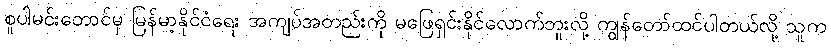
စူပါမင်းတောင်မှ မြန်မာ့နိုင်ငံရေး အကျပ်အတည်းကို မဖြေရှင်းနိုင်လောက်ဘူးလို့ ကျွန်တော်ထင်ပါတယ်လို့ သူက